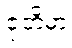
ဇုတိမာ